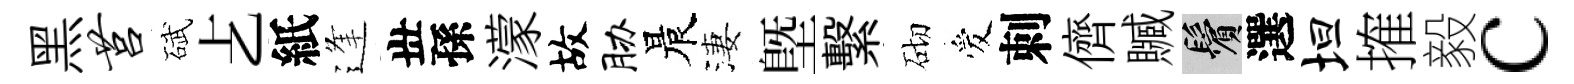
黑莒碔𠧒紙逢丗孫濛故胁晨淒塈繫砌爱刺儕贓鬢選坦搉毅c